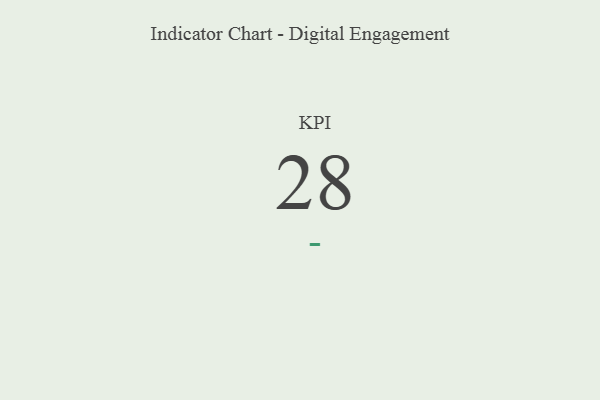
{"axis": {"x": "KPI", "y": "Value"}, "legend": [""], "data": [{"x": "KPI", "y": 28, "type": ""}]}